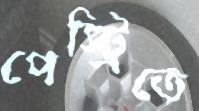
পেস্ট্রিতে